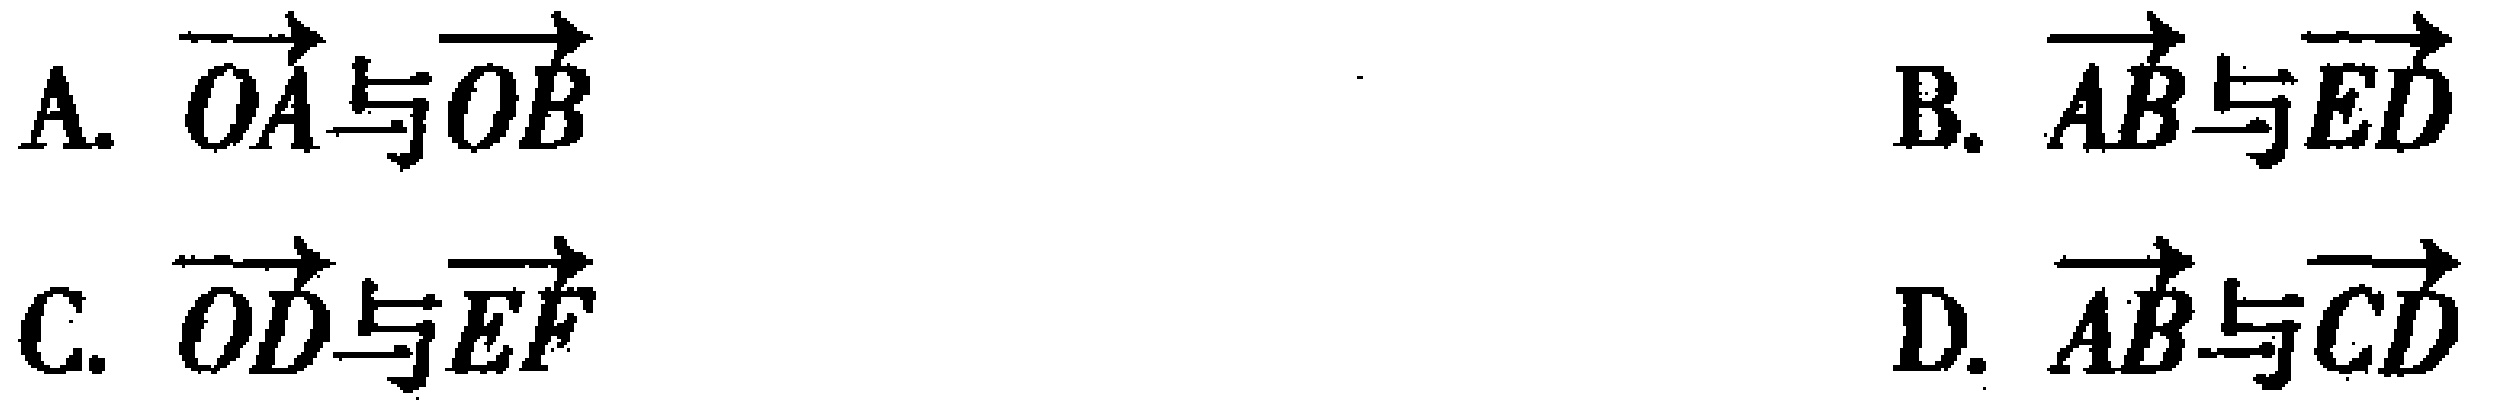
A. $\overrightarrow{OA}$与$\overrightarrow{OB}$
B. $\overrightarrow{AB}$与$\overrightarrow{ED}$
C. $\overrightarrow{OD}$与$\overrightarrow{EF}$
D. $\overrightarrow{AB}$与$\overrightarrow{CD}$